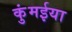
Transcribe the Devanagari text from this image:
कुंमईया